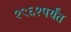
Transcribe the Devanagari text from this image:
१९६१पर्यंत